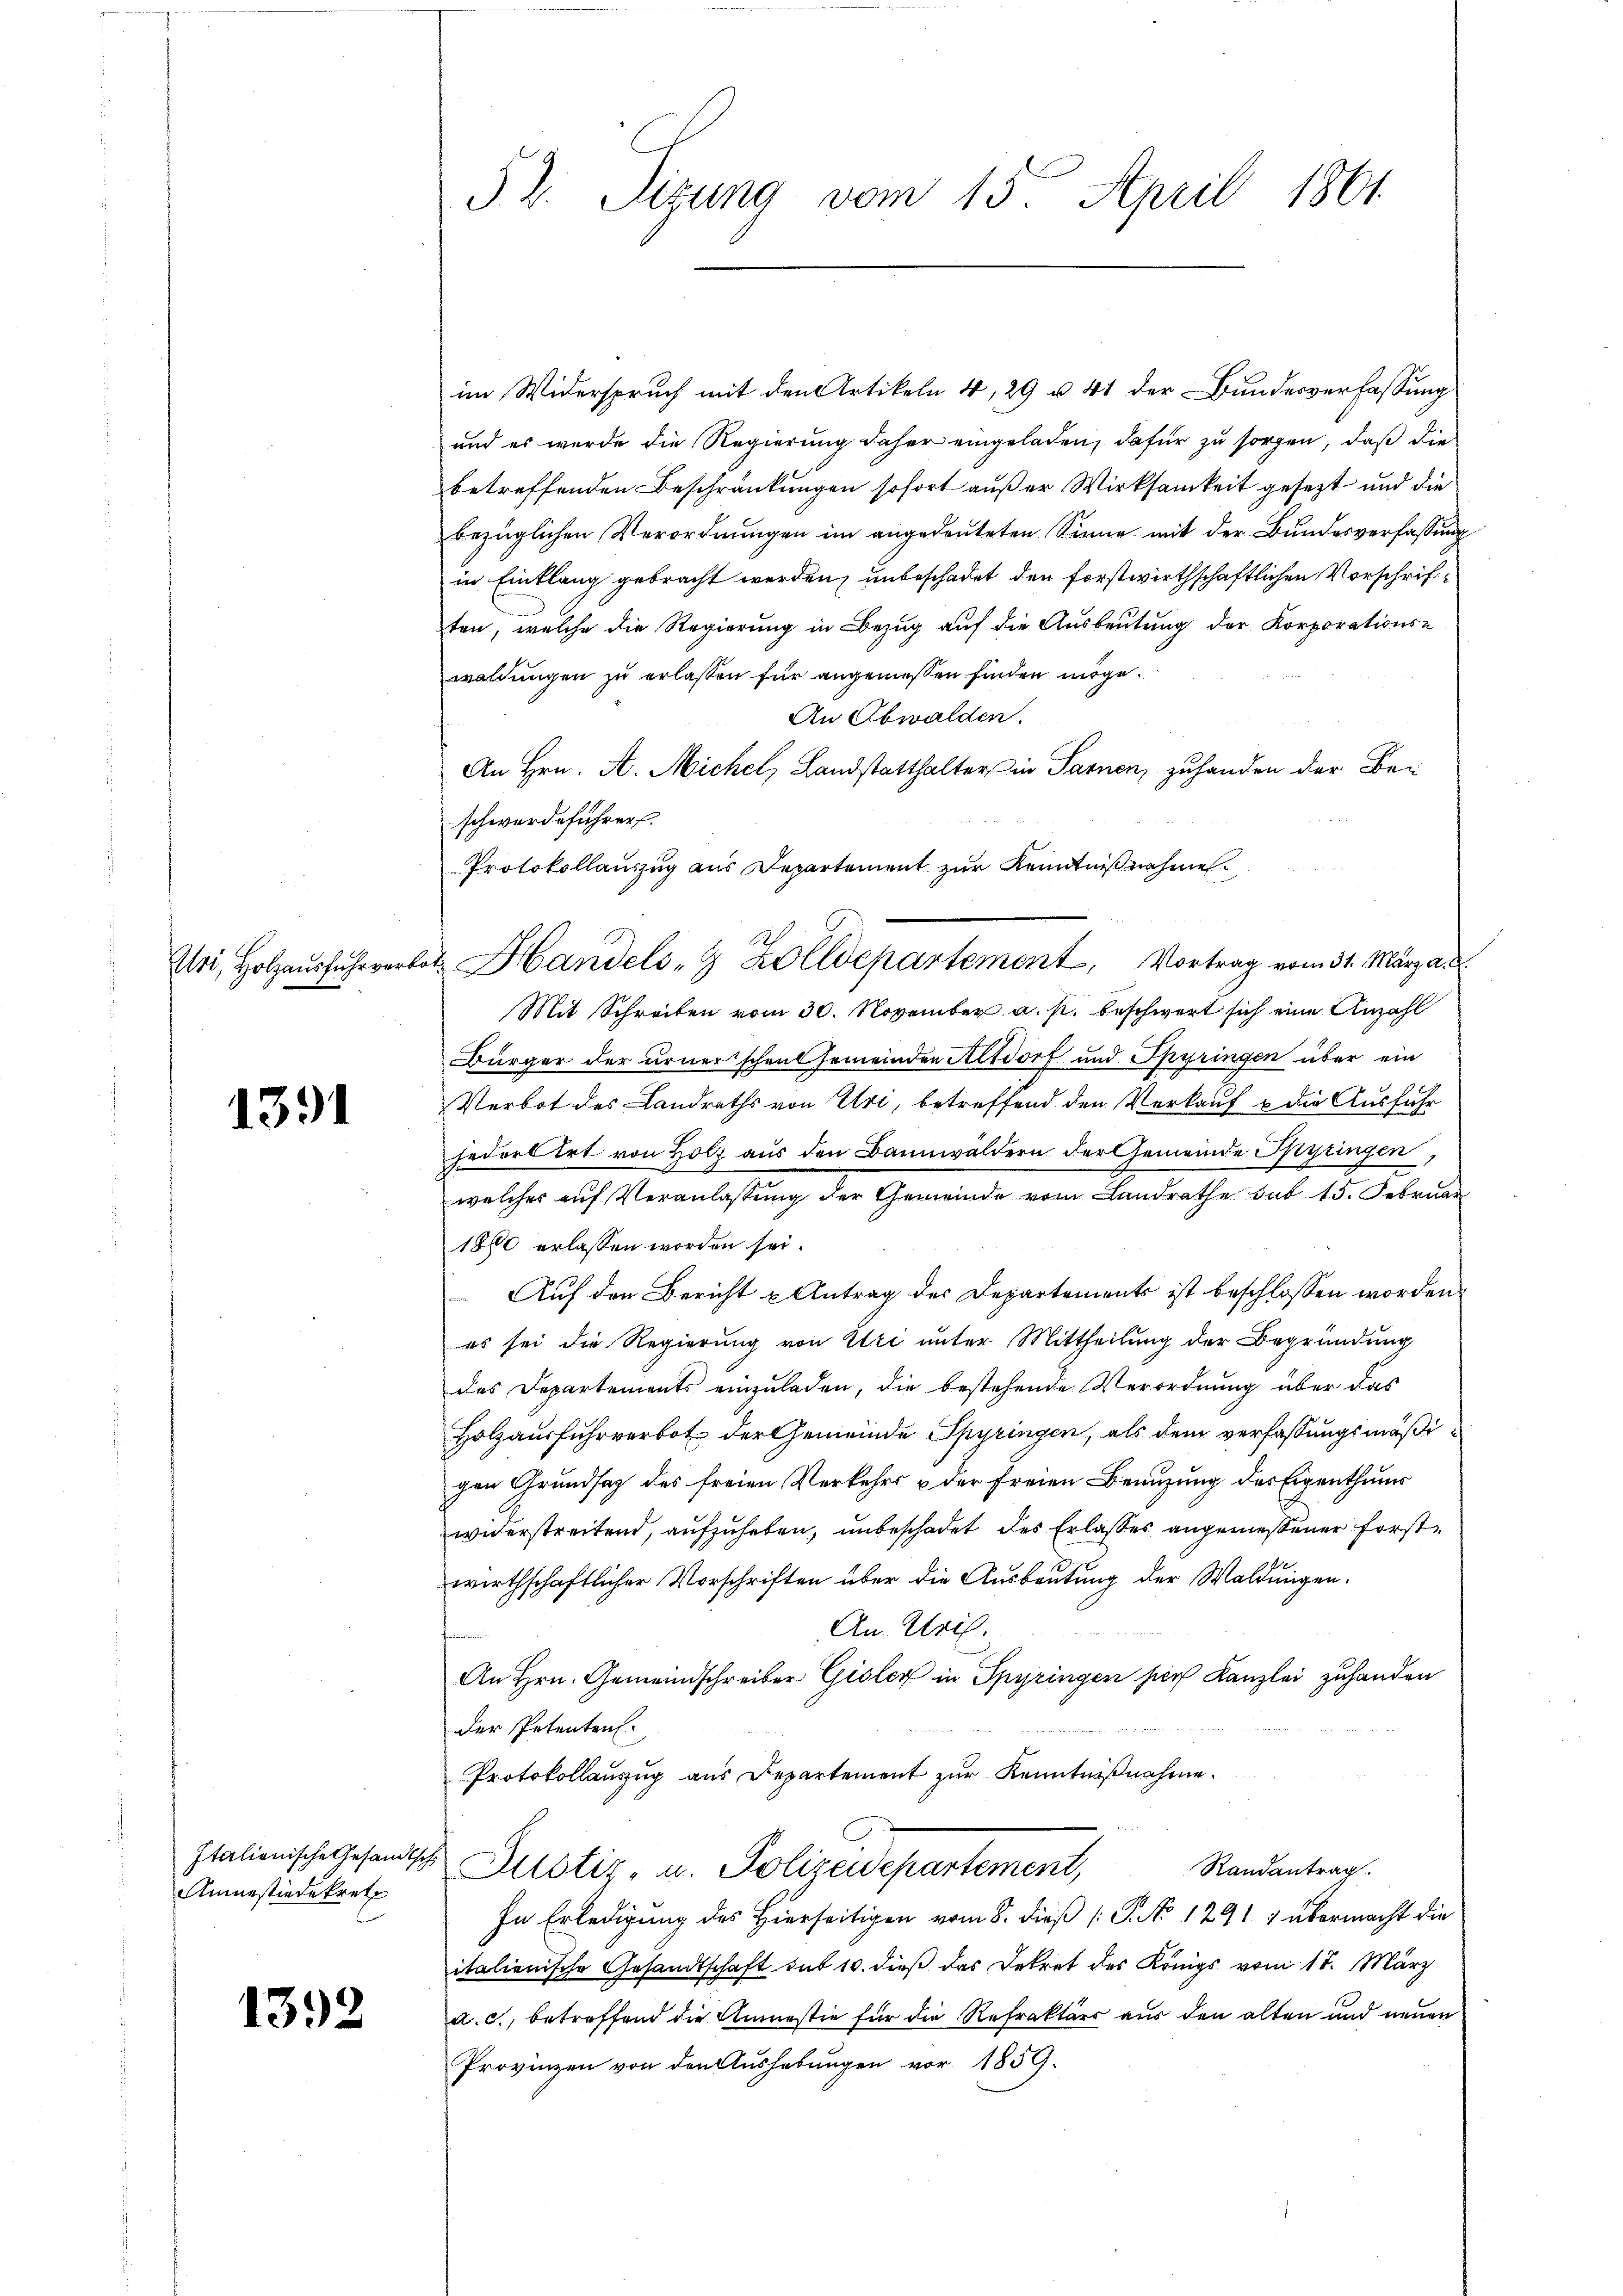
Uri, Holzausfuhrvert

1391

Amnestiedekretz

1392

§. 2. Sitzung vom 15. April 1861

im Widerspruch mit den Artikeln 4, 29 u 41 der Bundesverfassung
und es wurde die Regierung daher eingeladen, dafür zu sorgen, daß die
betreffenden Beschränkungen sofort außer Wirksamkeit gesezt und die
bezüglichen Verordnungen im angedeuteten Sinne mit der Bundesverfassung
in Einklang gebracht werden, unbeschadet den forstwirthschaftlichen Vorschriften, welche die Regierung in Bezug auf die Ausbeutung der Korporations-
waldungen zu erlassen für angemessen finden möge.
An Obwalden.
An Hrn. A. Michel, Landstatthalter in Sarnen zuhanden der Beischwerdeführer.
Protokollauszug aus Departement zur Kenntnißnahmen.
u Handels- & Zolldepartement, Vortrag vom 31. März a. d
Mit Schreiben vom 30. November a. p. beschwert sich eine Anzahl
Bürger der urnerschen Gemeinden Altdorf und Spyringen über ein
Verbot des Landraths von Uri, betreffend den Verkauf & die Ausführ
jedert irt von Holz aus den Bannwaldern der Gemeinde Spyringen,
welcher auf Veranlassung der Gemeinde vom Landrathe das 15. Februar
1860 erlassen worden sei.
 Auf den Bericht u Antrag des Departements ist beschlossen worden.
es sei die Regierung von Uri unter Mittheilung der Begründung
des Departements einzuladen, die bestehende Verordnung über das
Holzausfuhrverbot der Gemeinde Spyringen, als dem verfassungsmäßigen Grundsaz des freien Verkehrs & der freien Benuzung des Eigenthums
widerstreitend, aufzuheben, unbeschadet des Erlaßes angemessener Forstwirthschaftlicher Vorschriften über die Ausbeutung der Waldungen.
An Uri.
An Hrn. Gemeindschreiber Gisler in Spyringen sich Kanzlei zuhanden
der Petenten.
Protokollauszug aus Departement zur Kenntnißnahme.
Italienische Gesandtsch Zustiz- u. Polizeidepartement,
Randantrag.
In Erledigung des Hierseitigen vom 8. dieß [P. No 1291 1 übermacht die
italienische Gesandtschaft sub 10. dieß das Dekret des Königs vom 17. März
a. c., betreffend die Amnestie für die Refraktärs aus den alten und neuen
Provinzen von den Aushebungen vor 1859.